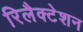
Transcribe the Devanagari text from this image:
रिलैक्टेशन